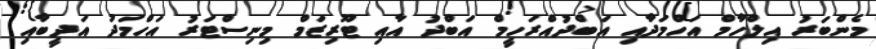
މެންބަރު އިލްހާމް އަހްމަދާއި އަބްދުއްރަހީމް އަބްދު އާއި ޓޫރިޒަމް މިނިސްޓަރު އަހްމަދު އަދީބާއި